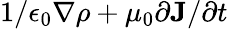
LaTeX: {1}/{\epsilon_{0}}\nabla\rho+\mu_{0}{\partial{\mathbf J}}/{\partial t}